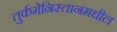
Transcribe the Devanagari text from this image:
तुर्कमेनिस्तानमधील